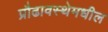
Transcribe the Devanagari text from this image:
प्रौढावस्थेमधील